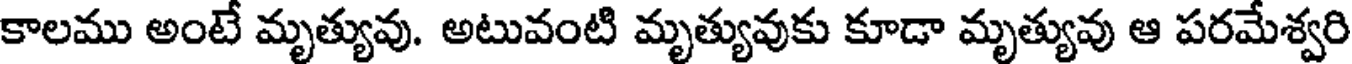
కాలము అంటే మృత్యువు. అటువంటి మృత్యువుకు కూడా మృత్యువు ఆ పరమేశ్వరి